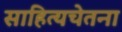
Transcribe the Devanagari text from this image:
साहित्यचेतना